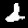
Label: 2